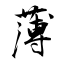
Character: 薄